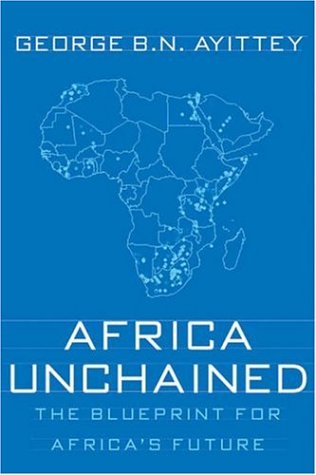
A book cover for Africa Unchained: The Blueprint for Africa's Future; George B.N. Ayittey; Law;